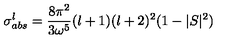
\sigma _ { a b s } ^ { l } = \frac { 8 \pi ^ { 2 } } { 3 { \omega } ^ { 5 } } ( l + 1 ) ( l + 2 ) ^ { 2 } ( 1 - | S | ^ { 2 } )